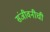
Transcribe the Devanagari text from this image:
संजीवनीची